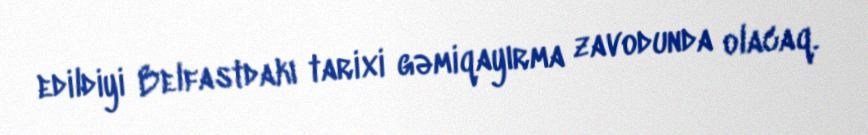
edildiyi Belfastdakı tarixi gəmiqayırma zavodunda olacaq.